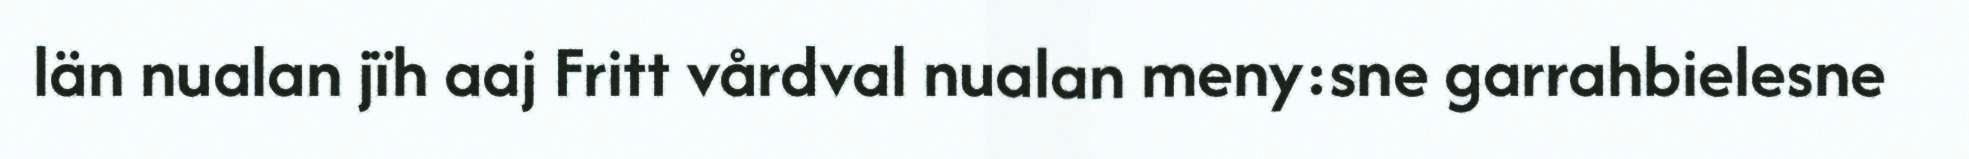
län nualan jïh aaj Fritt vårdval nualan meny:sne garrahbielesne